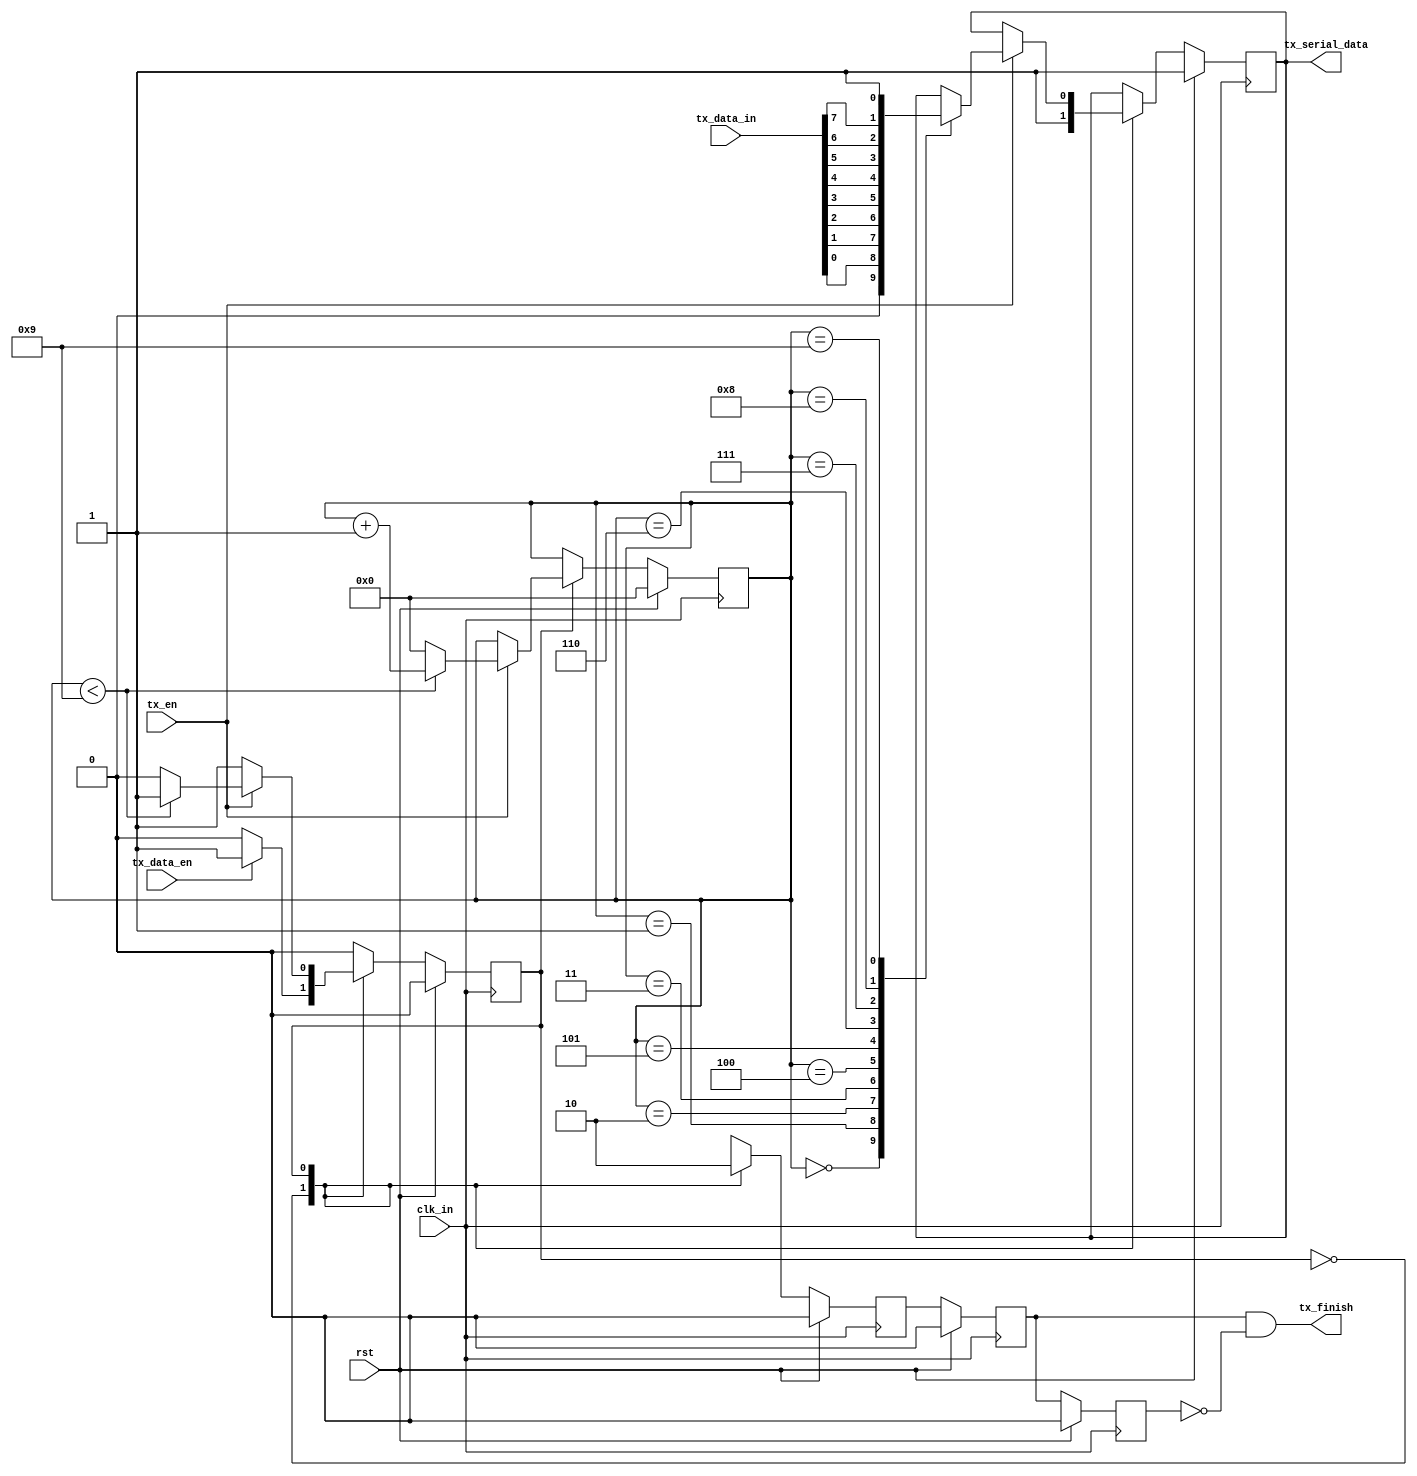
module uart_tx (clk_in, tx_en, rst, tx_data_en, tx_data_in, tx_finish, tx_serial_data);

  input  clk_in;
  input  tx_en;   // Output Of BaudGEN, Denote The Baud RAte
  input  rst;
  input  tx_data_en;  // Denote That The INput Data Is Now Valid
  input[7:0]  tx_data_in;

  output tx_finish;
  output reg tx_serial_data;


parameter IDLE = 1'b0;
parameter SEND = 1'b1;

reg state;

reg[3:0] tx_cnt;    // TX Data Counter
reg tx_finish_r;

always @(posedge clk_in) begin

    if (rst) begin
      state <= IDLE;
      tx_finish_r <= 1'b0;
      tx_serial_data <= 1'b1;
      tx_cnt <= 0;
    end

    else begin
      case(state)
        IDLE: begin
          tx_serial_data <= 1'b1;
          tx_finish_r <= 1'b1;

          if (tx_data_en) begin
            state <= SEND;
          end
          else begin
            state <= IDLE;
          end

        end
        SEND: begin
          tx_finish_r <= 0;
          if (tx_en == 1) begin

            if (tx_cnt < 4'd9) begin
              tx_cnt <= tx_cnt + 1;
            end
            else begin
              tx_cnt <= 0;
              state <= IDLE;
              // tx_finish_r <= 1;
            end

            case(tx_cnt) 
            // SERIAL - NEG
            4'd0: tx_serial_data <= 0; // Start Bit
            4'd1: tx_serial_data <= tx_data_in[0];
            4'd2: tx_serial_data <= tx_data_in[1];
            4'd3: tx_serial_data <= tx_data_in[2];
            4'd4: tx_serial_data <= tx_data_in[3];
            4'd5: tx_serial_data <= tx_data_in[4];
            4'd6: tx_serial_data <= tx_data_in[5];
            4'd7: tx_serial_data <= tx_data_in[6];
            4'd8: tx_serial_data <= tx_data_in[7];
            4'd9: tx_serial_data <= 1; // Stop BIT
            endcase
          end
        end
       endcase
    end    
end

// Capture When Data Transfer IS Over
reg tx_finish_r2, tx_finish_r3;
always @(posedge clk_in) begin
    if (rst) begin
      tx_finish_r2 <= 0;
      tx_finish_r3 <= 0;
    end
    else begin
      tx_finish_r2 <= tx_finish_r;
      tx_finish_r3 <= tx_finish_r2;
    end
end

assign tx_finish = tx_finish_r2 & ~tx_finish_r3;



endmodule